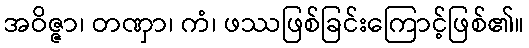
အဝိဇ္ဇာ၊ တဏှာ၊ ကံ၊ ဖဿဖြစ်ခြင်းကြောင့်ဖြစ်၏။